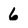
Character: 6